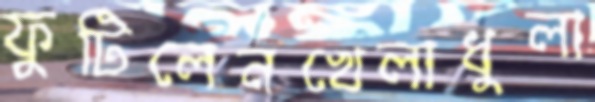
ফুটিলেনখেলাধুলা